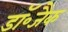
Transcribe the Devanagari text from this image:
डॉ॰जैक